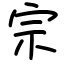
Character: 宗